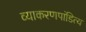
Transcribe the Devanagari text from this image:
व्याकरणपांडित्य